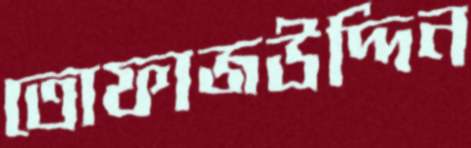
তোফাজউদ্দিন